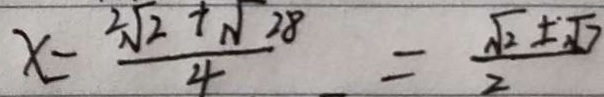
x = \frac { 2 \sqrt { 2 } + \sqrt { 2 8 } } { 4 } = \frac { \sqrt { 2 } \pm \cdot \sqrt { 7 } } { 2 }